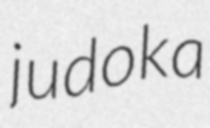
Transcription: judoka